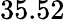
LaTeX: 35.52